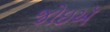
જોઇઍ